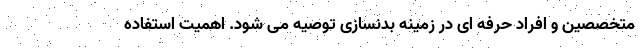
متخصصین و افراد حرفه ای در زمینه بدنسازی توصیه می شود. اهمیت استفاده